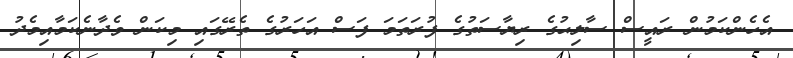
އެހެންކަމުން ރައީސް ސާލިޙުގެ ރިޔާސަތުގެ ފުރަތަމަ ފަސް އަހަރުގެ ތެރޭގައި މިކަން ވެދާނެކަމާއިމެދު